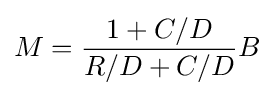
M={\frac {1+C/D}{R/D+C/D}}B